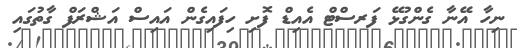
ނިހާ އޭނާ ގެންގުޅޭ ފަރސްޓް އެއިޑް ފޮށި ހިފައިގެން އައިސް އަޝްރަފް ގާތުގައި